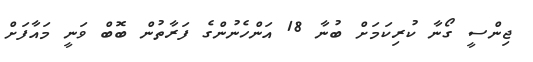
ޖިންސީ ގޯނާ ކުރިކަމަށް ބުނާ 18 އަންހެނުންގެ ފަރާތުން ބޮބް ވަނީ މައާފަށް